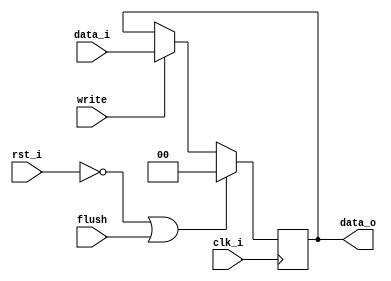
//Writer:      0416021 0416246
module Pipe_Reg(
    clk_i,
	rst_i,
	data_i,
	data_o,
	write,
	flush
	);

parameter size = 0;

input					clk_i;		  
input					rst_i;
input		[size-1: 0]	data_i;
input					write;
input					flush;
output reg	[size-1: 0]	data_o;

always @(posedge clk_i) begin
    if(~rst_i || flush)
        data_o <= 0;
    else if(write == 1'b1)
        data_o <= data_i;
	 else
		  data_o <= data_o;
end

endmodule